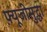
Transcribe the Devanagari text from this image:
फ़्यूजीसुद्धा